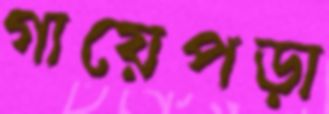
গায়েপড়া